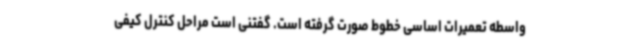
واسطه تعمیرات اساسی خطوط صورت گرفته است. گفتنی است مراحل کنترل کیفی